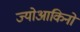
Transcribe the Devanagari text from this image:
ज्योआकिनो